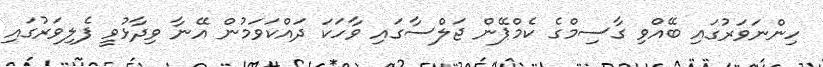
ހިންނަވަރުގައި ބޭއްވި ގާސިމްގެ ކެމްޕޭން ޖަލްސާގައި ވާހަކަ ދައްކަވަމުން އޭނާ ވިދާޅުވީ ފެލިވަރުގައި